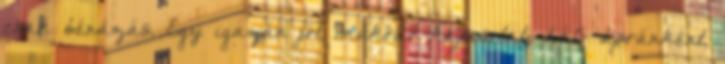
csak bénázás. Egy igazán jól működő kapcsolati háló apránként,